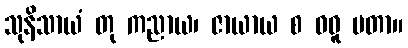
သုနိသာယံ တု ကညာယ၊ ဇာယာယ စ ဝဓူ မတာ။